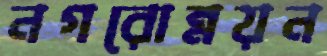
নগরোন্নয়ন